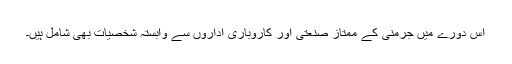
اس دورے میں جرمنی کے ممتاز صنعتی اور کاروباری اداروں سے وابستہ شخصیات بھی شامل ہیں۔